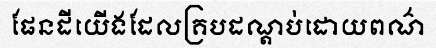
ផែនដីយើងដែលគ្របដណ្តប់ដោយពណ៌